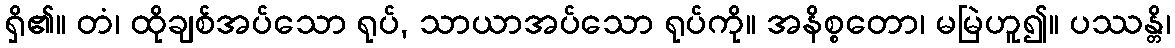
ရှိ၏။ တံ၊ ထိုချစ်အပ်သော ရုပ်, သာယာအပ်သော ရုပ်ကို။ အနိစ္စတော၊ မမြဲဟူ၍။ ပဿန္တိ၊